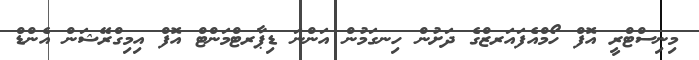
މިނިސްޓްރީ އޮފް ހޯމްއެފައަރޒްގެ ދަށުން ހިނގަމުން އަންނަ ޑިޕާރޓްމަންޓް އޮފް އިމިގްރޭޝަން އެންޑް